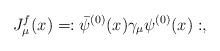
LaTeX: \begin{align*}J_\mu^f(x) = :{\bar\psi}^{(0)}(x)\gamma_\mu\psi^{(0)}(x):,\end{align*}